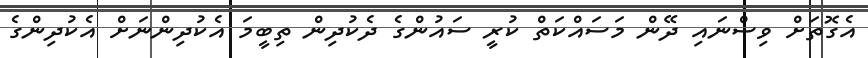
އެގޮތަށް ވިސްނައި ދޭން މަސައްކަތް ކުރީ ސައުންގެ ދެކުދިން ތިބީމަ އެކުދިންނަށް އެކުދިންގެ